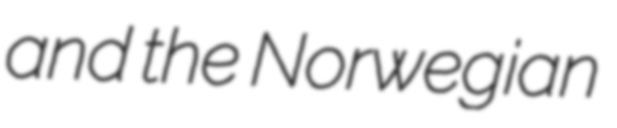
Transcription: and the Norwegian